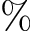
\%